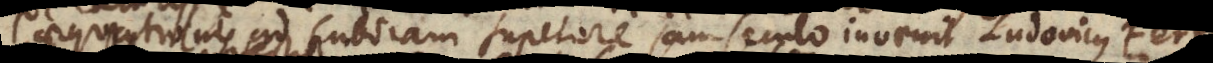
aequationis ad cubicam superiore jam seculo invenit Ludovicus Fer